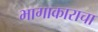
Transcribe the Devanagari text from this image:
भागाकाराचा